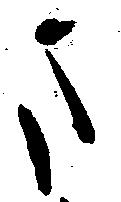
ま